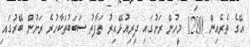
އޭގެ ތެރެއިން 1280 މީހުން ރަށުގައި ދިރިއުޅޭއިރު ތަފާތު ސަބަބުތަކާހުރެ ރަށުން ބޭރުގައި